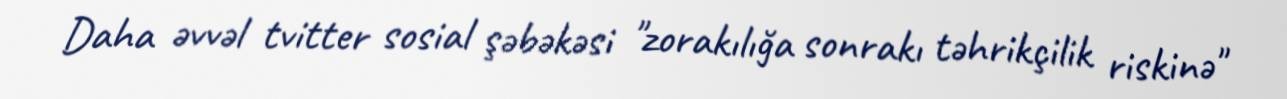
Daha əvvəl tvitter sosial şəbəkəsi "zorakılığa sonrakı təhrikçilik riskinə"